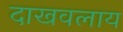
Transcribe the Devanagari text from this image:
दाखवलाय